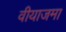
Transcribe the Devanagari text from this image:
वीयाजमा